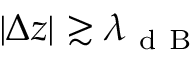
| \Delta z | \gtrsim \lambda _ { \mathrm { ~ d ~ B ~ } }